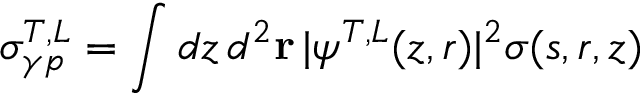
\sigma _ { \gamma p } ^ { T , L } = \int d z \, d ^ { 2 } { \bf r } \, | \psi ^ { T , L } ( z , r ) | ^ { 2 } \sigma ( s , r , z )